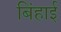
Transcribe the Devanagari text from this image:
बिंहाई